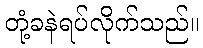
တုံ့ခနဲရပ်လိုက်သည်။